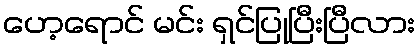
ဟေ့ရောင် မင်း ရှင်ပြုပြီးပြီလား